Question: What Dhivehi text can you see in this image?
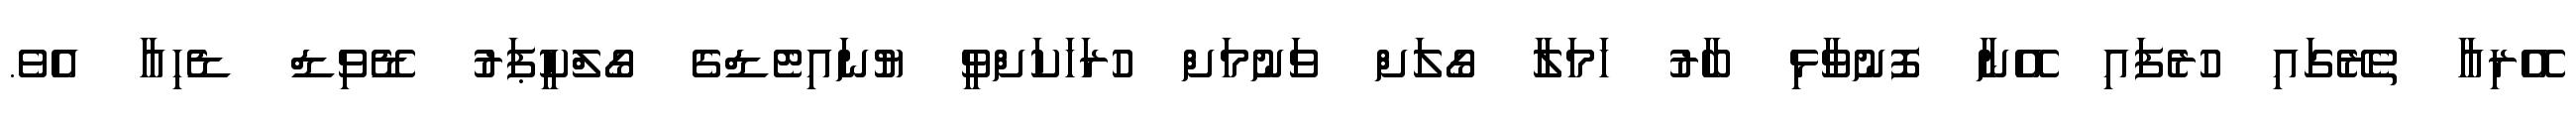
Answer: އޭރިއާ ތެރޭގައި ހުރެފައި އޭނާ ފޮނުވާޅި ބާރު ހަމަލާ ގޯލަށް ވަނުމަށް ހުރަހަކަށްވީ ޔުނައިޓެޑްގެ ގޯލްކީޕަރު ޑޭވިޑް ޑެހިއާ އެވެ.